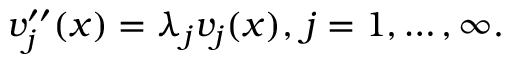
v _ { j } ^ { \prime \prime } ( x ) = \lambda _ { j } v _ { j } ( x ) , \, j = 1 , \ldots , \infty .